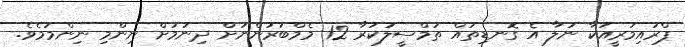
ޕްރައިމަރީއަކާ ނުލާ އެ ގޮނޑިތައް ތަމްސީލުކުރާ 12 މެމްބަރުންނަށް ދިނުމަށް ނިންމި ނިންމުމެވެ.